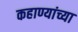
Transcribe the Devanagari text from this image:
कहाण्यांच्या